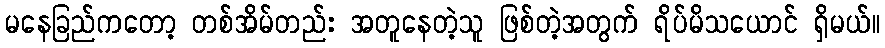
မနေခြည်ကတော့ တစ်အိမ်တည်း အတူနေတဲ့သူ ဖြစ်တဲ့အတွက် ရိပ်မိသယောင် ရှိမယ်။